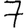
Digit: 7